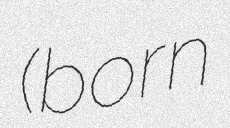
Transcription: (born